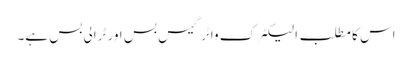
اس کا مطلب الیکٹرک واٹر گیس بس اور ٹرالی بس ہے۔